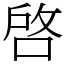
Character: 啓